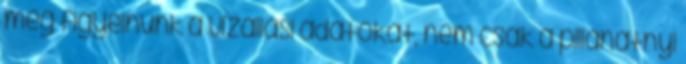
még figyelnünk a vízállási adatokat, nem csak a pillanatnyi